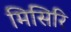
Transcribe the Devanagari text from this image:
मिसिरि